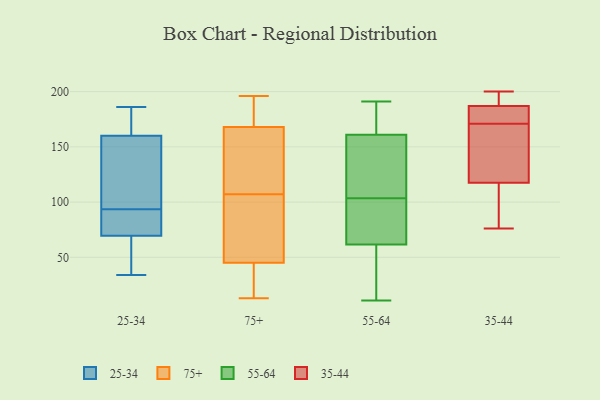
{"axis": {"x": "Headcount", "y": "Value"}, "legend": ["25-34", "35-44", "55-64", "75+"], "data": [{"x": "", "y": 69, "type": "25-34"}, {"x": "", "y": 73, "type": "25-34"}, {"x": "", "y": 76, "type": "25-34"}, {"x": "", "y": 70, "type": "25-34"}, {"x": "", "y": 34, "type": "25-34"}, {"x": "", "y": 173, "type": "25-34"}, {"x": "", "y": 111, "type": "25-34"}, {"x": "", "y": 145, "type": "25-34"}, {"x": "", "y": 143, "type": "25-34"}, {"x": "", "y": 164, "type": "25-34"}, {"x": "", "y": 72, "type": "25-34"}, {"x": "", "y": 186, "type": "25-34"}, {"x": "", "y": 50, "type": "25-34"}, {"x": "", "y": 156, "type": "25-34"}, {"x": "", "y": 182, "type": "25-34"}, {"x": "", "y": 62, "type": "25-34"}, {"x": "", "y": 168, "type": "75+"}, {"x": "", "y": 78, "type": "75+"}, {"x": "", "y": 42, "type": "75+"}, {"x": "", "y": 190, "type": "75+"}, {"x": "", "y": 144, "type": "75+"}, {"x": "", "y": 13, "type": "75+"}, {"x": "", "y": 101, "type": "75+"}, {"x": "", "y": 45, "type": "75+"}, {"x": "", "y": 196, "type": "75+"}, {"x": "", "y": 113, "type": "75+"}, {"x": "", "y": 143, "type": "55-64"}, {"x": "", "y": 163, "type": "55-64"}, {"x": "", "y": 23, "type": "55-64"}, {"x": "", "y": 160, "type": "55-64"}, {"x": "", "y": 95, "type": "55-64"}, {"x": "", "y": 11, "type": "55-64"}, {"x": "", "y": 48, "type": "55-64"}, {"x": "", "y": 67, "type": "55-64"}, {"x": "", "y": 189, "type": "55-64"}, {"x": "", "y": 130, "type": "55-64"}, {"x": "", "y": 107, "type": "55-64"}, {"x": "", "y": 103, "type": "55-64"}, {"x": "", "y": 80, "type": "55-64"}, {"x": "", "y": 67, "type": "55-64"}, {"x": "", "y": 104, "type": "55-64"}, {"x": "", "y": 191, "type": "55-64"}, {"x": "", "y": 177, "type": "55-64"}, {"x": "", "y": 50, "type": "55-64"}, {"x": "", "y": 162, "type": "55-64"}, {"x": "", "y": 56, "type": "55-64"}, {"x": "", "y": 99, "type": "35-44"}, {"x": "", "y": 173, "type": "35-44"}, {"x": "", "y": 192, "type": "35-44"}, {"x": "", "y": 88, "type": "35-44"}, {"x": "", "y": 174, "type": "35-44"}, {"x": "", "y": 136, "type": "35-44"}, {"x": "", "y": 76, "type": "35-44"}, {"x": "", "y": 169, "type": "35-44"}, {"x": "", "y": 183, "type": "35-44"}, {"x": "", "y": 153, "type": "35-44"}, {"x": "", "y": 191, "type": "35-44"}, {"x": "", "y": 200, "type": "35-44"}]}